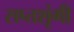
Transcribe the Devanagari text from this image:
सप्‍तशृंगी